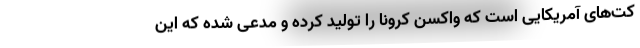
کت‌های آمریکایی است که واکسن کرونا را تولید کرده و مدعی شده که این